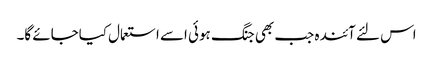
اس لئے آئندہ جب بھی جنگ ہوئی اسے استعمال کیاجائے گا۔